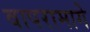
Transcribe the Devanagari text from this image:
वापरामागे